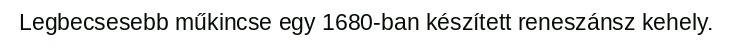
Legbecsesebb műkincse egy 1680-ban készített reneszánsz kehely.